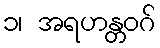
၁၊ အရဟန္တဝဂ်